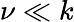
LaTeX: \nu\ll k